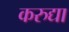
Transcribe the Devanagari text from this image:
करुद्या